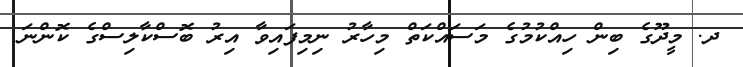
ދ. މީދޫގެ ބިން ހިއްކުމުގެ މަސައްކަތް މިހާރު ނިމިފައިވާ އިރު ބޮސްކާލިސްގެ ކޮންނަ